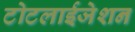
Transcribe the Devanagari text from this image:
टोटलाईजेशन